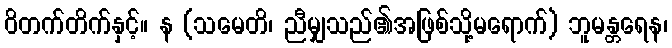
ဝိတက်တိက်နှင့်။ န (သမေတိ၊ ညီမျှသည်၏အဖြစ်သို့မရောက်) ဘူမန္တရေန၊